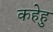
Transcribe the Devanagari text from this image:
कहेहु